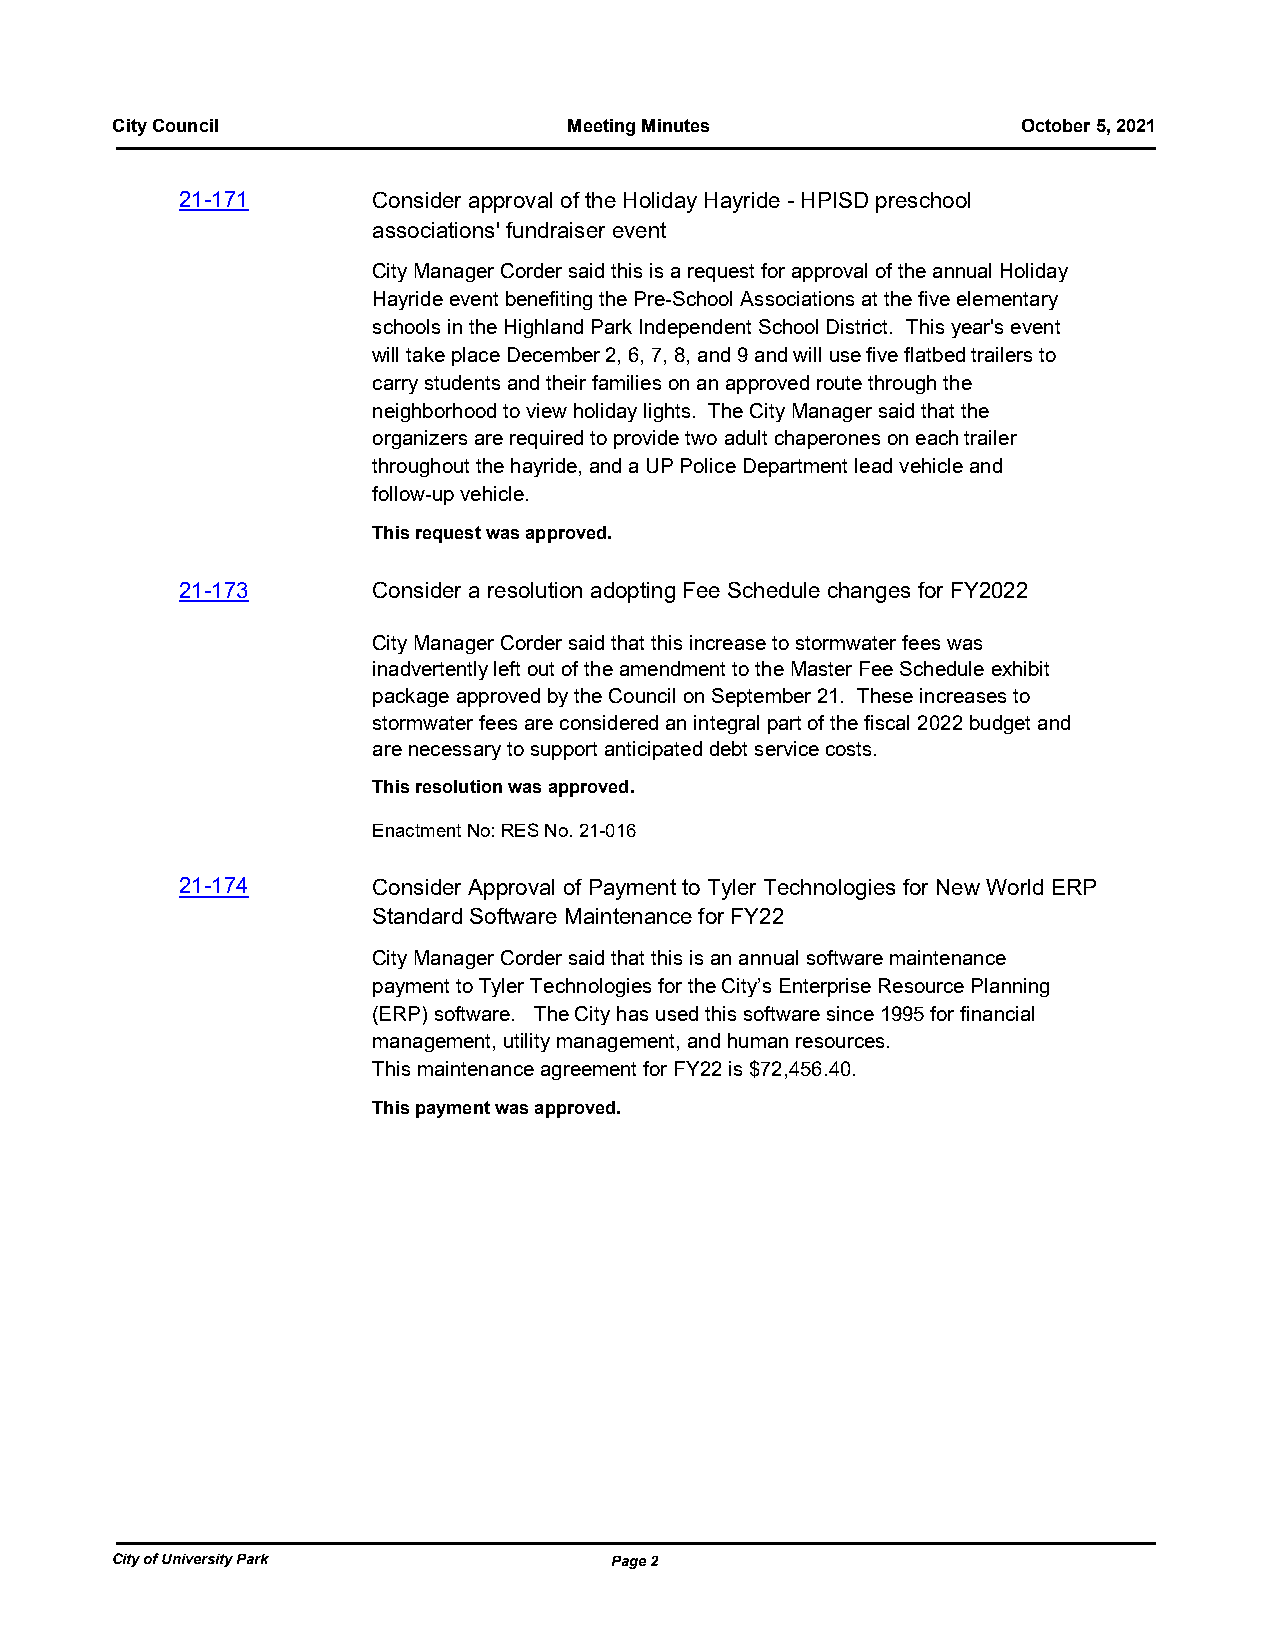
City Council                   Meeting Minutes               October 5, 2021
 21-171       Consider approval of the Holiday Hayride - HPISD preschool
 associations' fundraiser event
 City Manager Corder said this is a request for approval of the annual Holiday
 Hayride event benefiting the Pre-School Associations at the five elementary
 schools in the Highland Park Independent School District. This year's event
 will take place December 2, 6, 7, 8, and 9 and will use five flatbed trailers to
 carry students and their families on an approved route through the
 neighborhood to view holiday lights. The City Manager said that the
 organizers are required to provide two adult chaperones on each trailer
 throughout the hayride, and a UP Police Department lead vehicle and
 follow-up vehicle.
 This request was approved.
 21-173       Consider a resolution adopting Fee Schedule changes for FY2022
 City Manager Corder said that this increase to stormwater fees was
 inadvertently left out of the amendment to the Master Fee Schedule exhibit
 package approved by the Council on September 21. These increases to
 stormwater fees are considered an integral part of the fiscal 2022 budget and
 are necessary to support anticipated debt service costs.
 This resolution was approved.
 Enactment No: RES No. 21-016
 21-174       Consider Approval of Payment to Tyler Technologies for New World ERP
 Standard Software Maintenance for FY22
 City Manager Corder said that this is an annual software maintenance
 payment to Tyler Technologies for the City’s Enterprise Resource Planning
 (ERP) software. The City has used this software since 1995 for financial
 management, utility management, and human resources.
 This maintenance agreement for FY22 is $72,456.40.
 This payment was approved.
 City of University Park          Page 2